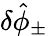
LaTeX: \delta\hat{\phi}_{\pm}